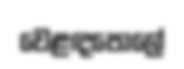
වෙළඳපොලේ